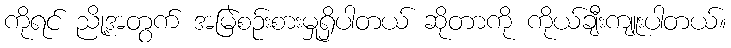
ကိုရင် ညို့အတွက် အမြဲစဉ်းစားမှုရှိပါတယ် ဆိုတာကို ကိုယ်ချီးကျူးပါတယ်။